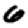
Digit: 6